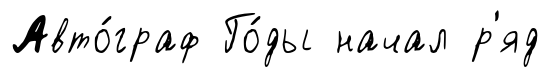
Авто́граф Го́ды начал р'яд